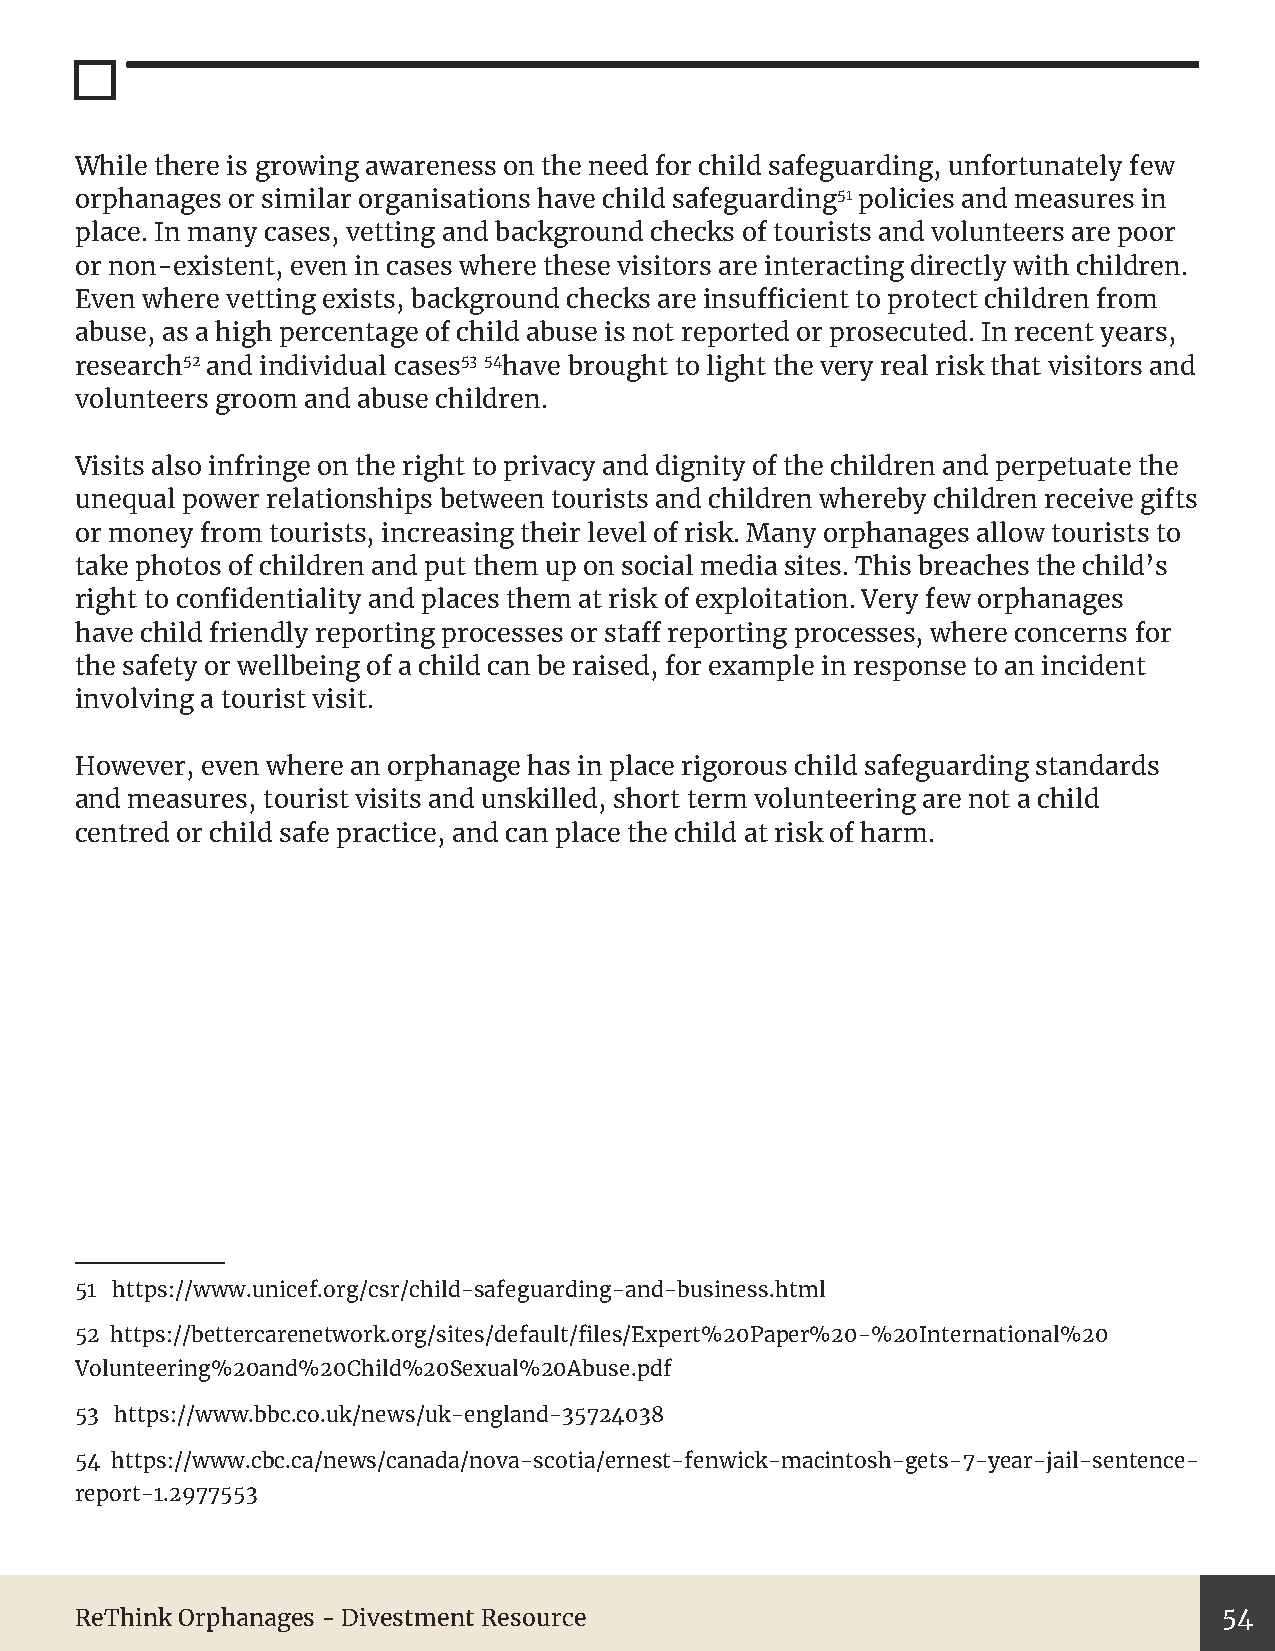
While there is growing awareness on the need for child safeguarding, unfortunately few
 orphanages or similar organisations have child safeguarding51 policies and measures in
 place. In many cases, vetting and background checks of tourists and volunteers are poor
 or non-existent, even in cases where these visitors are interacting directly with children.
 Even where vetting exists, background checks are insufficient to protect children from
 abuse, as a high percentage of child abuse is not reported or prosecuted. In recent years,
 research52 and individual cases53 54have brought to light the very real risk that visitors and
 volunteers groom and abuse children.
 Visits also infringe on the right to privacy and dignity of the children and perpetuate the
 unequal power relationships between tourists and children whereby children receive gifts
 or money from tourists, increasing their level of risk. Many orphanages allow tourists to
 take photos of children and put them up on social media sites. This breaches the child’s
 right to confidentiality and places them at risk of exploitation. Very few orphanages
 have child friendly reporting processes or staff reporting processes, where concerns for
 the safety or wellbeing of a child can be raised, for example in response to an incident
 involving a tourist visit.
 However, even where an orphanage has in place rigorous child safeguarding standards
 and measures, tourist visits and unskilled, short term volunteering are not a child
 centred or child safe practice, and can place the child at risk of harm.
 51 https://www.unicef.org/csr/child-safeguarding-and-business.html
 52 https://bettercarenetwork.org/sites/default/files/Expert%20Paper%20-%20International%20
 Volunteering%20and%20Child%20Sexual%20Abuse.pdf
 53 https://www.bbc.co.uk/news/uk-england-35724038
 54 https://www.cbc.ca/news/canada/nova-scotia/ernest-fenwick-macintosh-gets-7-year-jail-sentence-
 report-1.2977553
 ReThink Orphanages - Divestment Resource                                    54